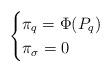
LaTeX: \begin{align*}\begin{cases}\pi_{q}=\Phi(P_q) & \\\pi_{\sigma} = 0 & \end{cases}\end{align*}